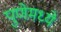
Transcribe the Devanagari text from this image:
पुणेमध्ये